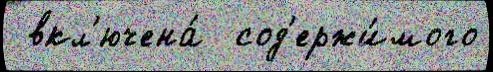
 вкл'ючена́  сод'ержи́мого